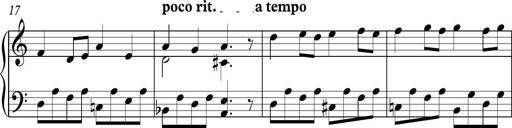
Title: Piano Sonatina in C
Composer: Daniel LÃ©o Simpson
Key: C major